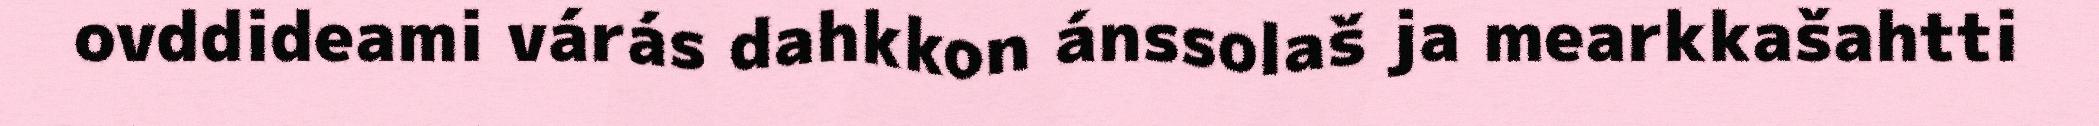
ovddideami várás dahkkon ánssolaš ja mearkkašahtti